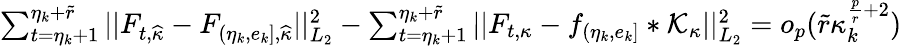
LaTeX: \begin{array}{r}{\sum_{t=\eta_{k}+1}^{\eta_{k}+\widetilde{r}}\vert\vert F_{t,\widehat{\kappa}}-F_{(\eta_{k},e_{k}],\widehat{\kappa}}\vert\vert_{L_{2}}^{2}-\sum_{t=\eta_{k}+1}^{\eta_{k}+\widetilde{r}}\vert\vert F_{t,\kappa}-f_{(\eta_{k},e_{k}]}\ast\mathcal{K}_{\kappa}\vert\vert_{L_{2}}^{2}=o_{p}(\widetilde{r}\kappa_{k}^{\frac{p}{r}+2})}\end{array}